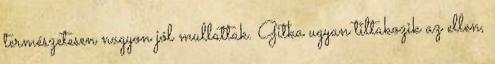
természetesen nagyon jól mullattak. Gitka ugyan tiltakozik az ellen,